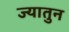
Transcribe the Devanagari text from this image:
ज्यातुन